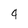
Character: 4